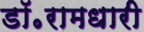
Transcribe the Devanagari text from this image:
डॉ॰रामधारी